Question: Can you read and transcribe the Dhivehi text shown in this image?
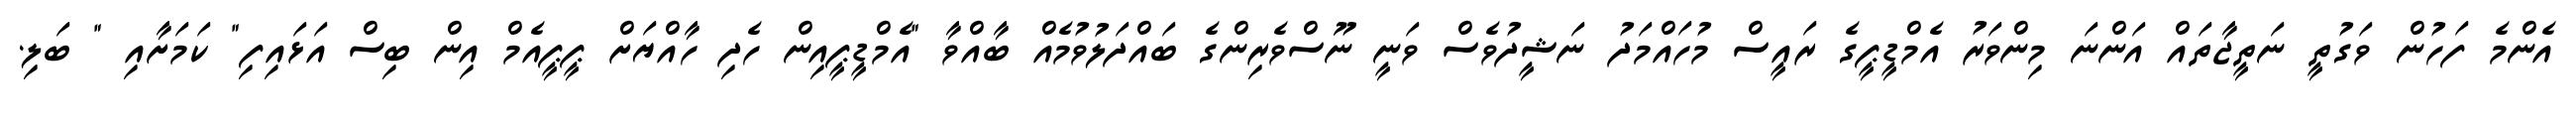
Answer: އެންމެ ފަހުން ވަގުތީ ނަތީޖާތައް އަންނަ މިންވަރު އެމްޑީޕީގެ ރައީސް މުހައްމަދު ނަޝީދުވެސް ވަނީ ނޫސްވެރިންގެ ބައްދަލުވުމެއް ބާއްވާ "އެމްޑީޕީއިން ހެދި ހާއްޔަށް ޕީޕީއެމް އިން ބިސް އަޅައިފި" ކަމަށާއި " ބަލި.